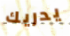
يدريك